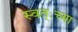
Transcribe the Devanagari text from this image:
स्वत्ःच्या